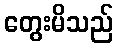
တွေးမိသည်